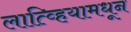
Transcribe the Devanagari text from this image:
लात्व्हियामधून